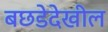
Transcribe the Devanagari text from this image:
बछडेदेखील